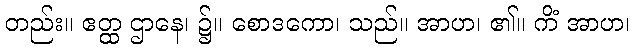
တည်း။ ဧတ္ထ ဌာနေ၊ ၌။ စောဒကော၊ သည်။ အာဟ၊ ၏။ ကိံ အာဟ၊